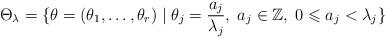
LaTeX: \begin{align*}\Theta _{\lambda}=\{ \theta=(\theta_1,\dots, \theta _r) \; | \;\theta _j = \frac{a_j}{\lambda _j},\; a_j\in \mathbb Z,\; 0\leqslant a_j < \lambda _j\}\end{align*}